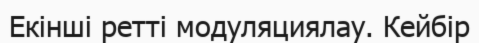
Екінші ретті модуляциялау. Кейбір